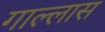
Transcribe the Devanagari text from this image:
गाल्लास